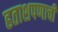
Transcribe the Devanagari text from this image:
हताशपणाची